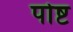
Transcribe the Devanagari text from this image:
पोष्ट